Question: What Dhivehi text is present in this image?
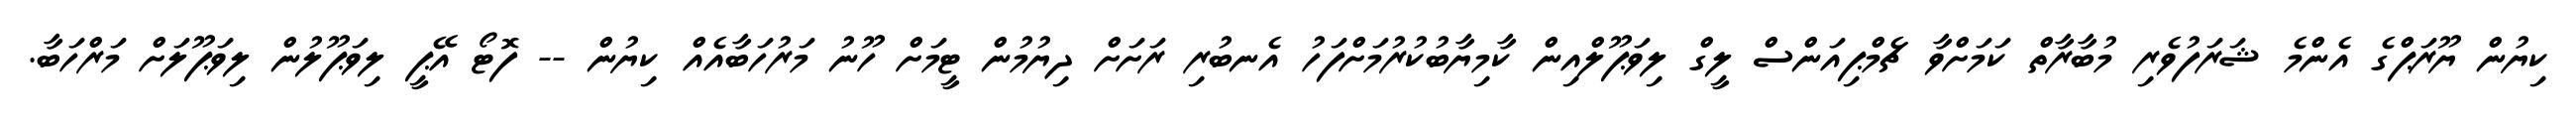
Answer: ކިޔުން ޔޫރަޕްގެ އެންމެ ޝަރަފުވެރި މުބާރާތް ކަމަށްވާ ޗެމްޕިއަންސް ލީގް ލިވަޕޫލްއިން ކާމިޔާބުކުރުމަށްފަހު އެނބުރި ރަށަށް ދިޔުމުން ޓީމަށް ހޫނު މަރުހަބާއެއް ކިޔުން -- ފޮޓޯ އޭޕީ ލިވަޕޫލުން ލިވަޕޫލަށް މަރްހަބާ.